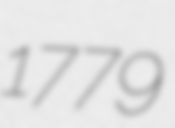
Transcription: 1779